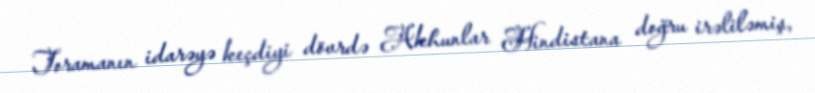
Toramanın idarəyə keçdiyi dövrdə Akhunlar Hindistana doğru irəliləmiş,